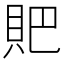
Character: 𧵅